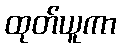
ထုတ်ယူကာ